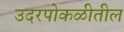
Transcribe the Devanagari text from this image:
उदरपोकळीतील